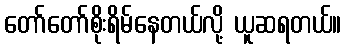
တော်တော်စိုးရိမ်နေတယ်လို့ ယူဆရတယ်။